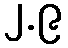
၂.၉